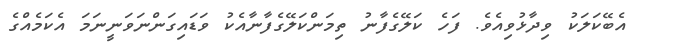
އެބޭކަލަކު ވިދާޅުވިއެވެ. ފަހެ ކަލޭގެފާނު ތިމަންކަލޭގެފާނާއެކު ވަޑައިގަންނަވަނީނަމަ އެކަމެއްގެ